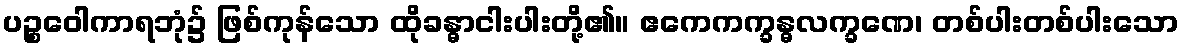
ပဉ္စဝေါကာရဘုံ၌ ဖြစ်ကုန်သော ထိုခန္ဓာငါးပါးတို့၏။ ဧကေကက္ခန္ဓလက္ခဏေ၊ တစ်ပါးတစ်ပါးသော